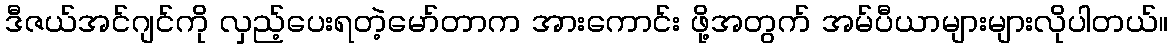
ဒီဇယ်အင်ဂျင်ကို လှည့်ပေးရတဲ့မော်တာက အားကောင်း ဖို့အတွက် အမ်ပီယာများများလိုပါတယ်။